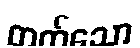
တက်သော